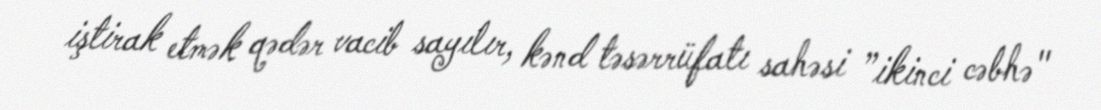
iştirak etmək qədər vacib sayılır, kənd təsərrüfatı sahəsi ”ikinci cəbhə"